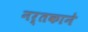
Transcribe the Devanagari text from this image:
नर्तकाने